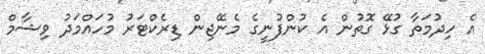
އެ ހިދުމަތާ ގުޅޭ ގޮތުން އެ ކުންފުނީގެ މެނޭޖިން ޑިރެކްޓަރު މުހައްމަދު ވިޝާމް